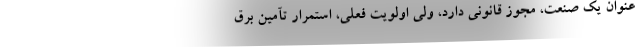
عنوان یک صنعت، مجوز قانونی دارد، ولی اولویت فعلی، استمرار تآمین برق